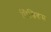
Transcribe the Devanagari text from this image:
सिज़िकस